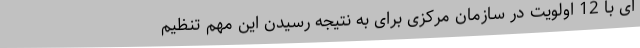
ای با 12 اولویت در سازمان مرکزی برای به نتیجه رسیدن این ‌مهم تنظیم